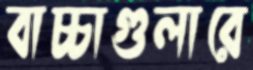
বাচ্চাগুলারে